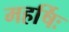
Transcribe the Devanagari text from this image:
महर्षिः